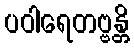
ပဝါရေတဗ္ဗန္တိ